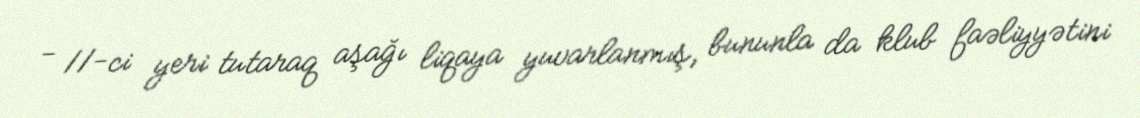
- 11-ci yeri tutaraq aşağı liqaya yuvarlanmış, bununla da klub faəliyyətini